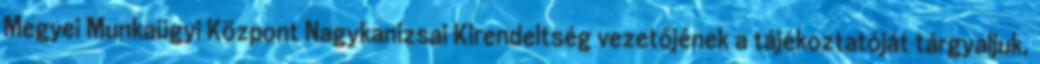
Megyei Munkaügyi Központ Nagykanizsai Kirendeltség vezetőjének a tájékoztatóját tárgyaljuk,